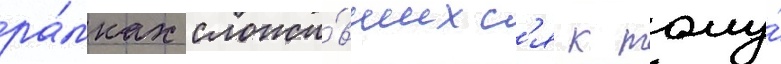
ра́мках сложи́вшихс'я к тому́